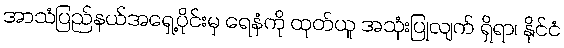
အာသံပြည်နယ်အရှေ့ပိုင်းမှ ရေနံကို ထုတ်ယူ အသုံးပြုလျက် ရှိရာ၊ နိုင်ငံ